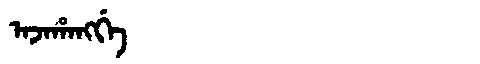
Manchu: ᠠᠵᠠᡥᠠᠩᡤᡝ
Romanization: AJAHANGGE